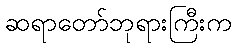
ဆရာတော်ဘုရားကြီးက